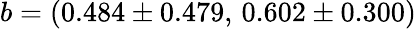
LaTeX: b=(0.484\pm 0.479,\, 0.602\pm 0.300)